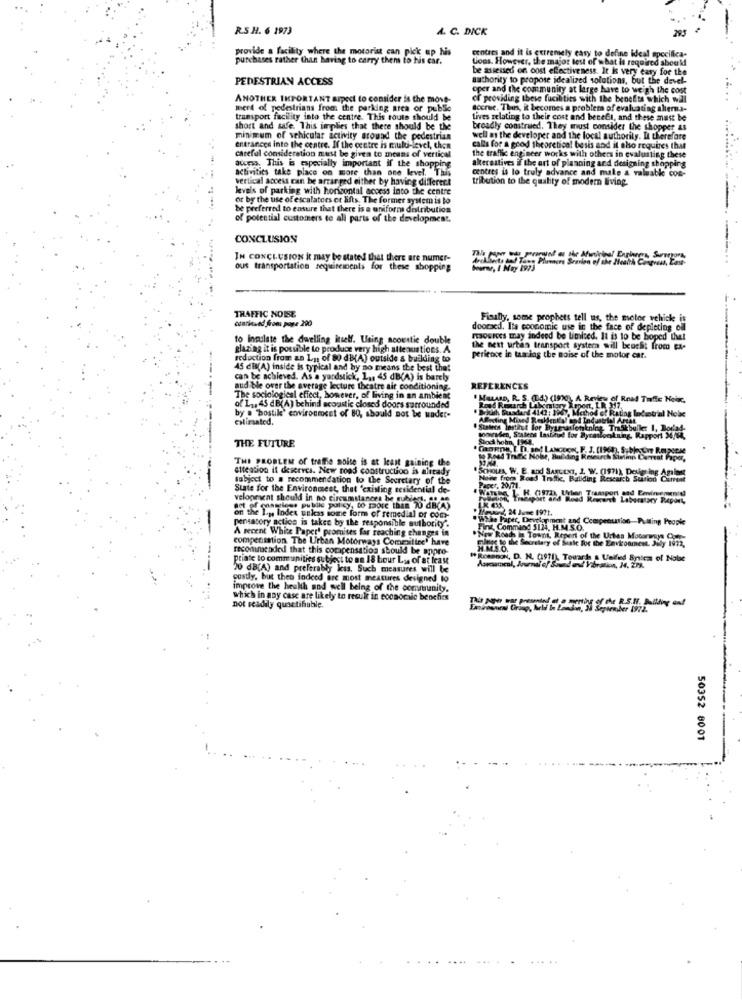
R.S.H. 6 1973
A. C. DICK
295
provide a facility where the motorist can pick up his
purchases rather than having to carry them to his car.
Loos. However, the major test of what is required shoe M
centres and it is extremely easy to define ideal specifica-
be assessed on cost effectiveness. It is very easy for the
PEDESTRIAN ACCESS
authority to propose idealized solutions, but the devel-
oper and the community at large have to weigh the cost
ANOTHER IMPORTANT aspect to consider is the move-
of providing these fucilities with the benefits which will
mert of pedestrians from the parkdeg area of public
accrue. This, it becomes a problem of evaluating alterna-
transport facility into the centre. This route should be
Lives relating to their cost and becell, and these must be
short and safe. This implies that there should be the
broadly construed. They must consider the shopper as
minimum of vehicular activity around the pedestrian
well as the developer and the local authority. I therefore
entrances into the centre. If the centre is multi-level, then
calls for a good theoretical besis and it sho requires that
careful consideration must be givea to means of vertical
the traffic engineer works with others in evaluating these
access. This is especially important if the shopping
activities take place on more than one level. This
alternatives if the art of planning and designing shopping
centres is lo truly advance and make a valuabk con-
vertical access can be arranged either by having different
tribution to the quality of modern living.
levels of parking with horizontal access into the centre
or by the use of escalators er lifts. The former system is to
be preferred to ensure that there is a uniforms distribution
of potential customers to all parts of the development.
CONCLUSION
IN CONCLUSION it may be stated that there are numer-
ous transportation requirements for these shopping
Pourwe, I Mag 1973
...
TRAFFIC NOISE
Finally, some prophets tell us, the motor vehicle is
czarinved froms powe 290
aed. Ita coonomic use in the face of depleting oll
to Inculate the dwelling itself. Using acoustic double
rocioes may indeed be limited. It is to be boped thel
glazing it is possible to produce very high attenuations. A.
the nest utas transport system will beacht from ex-
reduction from an Ly. of 80 db(A) outside & building to
perience in taming the noise of the motor car.
45 dl(A) inside is typical and by no means the best that
can be achieved. As a yardstick, L ,, 45 dB(A) is barch
aud ble over the average lecture theatre air conditioning.
REFERENCES
The sociological effect, however, of living in an ambient
MaLARD, R. S. (1.4.) (1970), A Review of Road Traffic Noix,
of L ., 45 dB(A) behind acoustic closed doors surrounded
British Suaadand 4142 : 1967, Metho
Method et Rating Indantrial Hole
calimated.
by a "bostike' environment of 80, should not be wadet-
ABleeding Mixed Resklenilal and Industrial Artat
# Statees Instinct lor Bysenarlen
Mionkning Thiskballe L.
THE FUTURE
Stod hohn, 1968.
woowrsden, Statens Lastned for Dyrasforskning, Rapport M/64,
COM
to Rnel Trfk Nohe, Building Revir
THE PROBLEM of traffie noise is at least gaining the
son it deserves. New road construction is already
Subject to a recommendation to the Secretary of the
Noww from Road Trade, Buliding Research Station
State for the Environment, that 'existing residential de-
Paper, 20/71.
veloprient should in no circumstances be subject, Co se
act of caseiros publle policy, to more than 70 dB(4)
on the L.p. Index unkas some form of remedial of com-
Wthe Paper, Development and Compenunion Pulling People
pensatory action is takee by the responsible authority'.
A recent White Paper' promises far reaching changes in
Fint, Command 5124, H.M.S.O.
compensation The Urban Motorways Commitine' have
.Now Roads in Town, Report of the Urtes Mourmuys -
The Secretary of Scale Root the Environment. Muy
---
recommended that this compensation should be appro-
priate to communities subject to an 18 bour Ly of at leau
ROBBBON, D. N. (1911), Towards & Ualfeed Bylcm of Noise
20 dB(A) and preferably kess. Such measures will be
postly, but then indeed are most measures designed to
improve the health and well being of the community.
which in any case are likely to result in economic benefice
not readily quantifiable.
he R.S.11. Pulling and
50352 8001